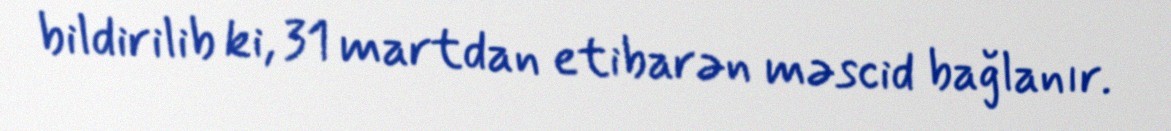
bildirilib ki, 31 martdan etibarən məscid bağlanır.